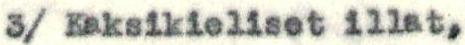
3/ Kaksikieliset illat,